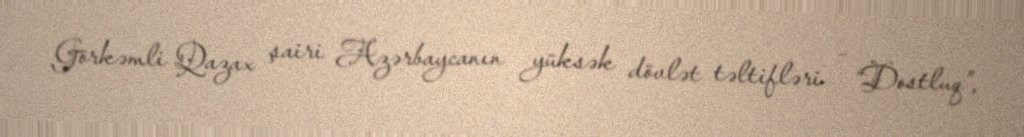
Görkəmli Qazax şairi Azərbaycanın yüksək dövlət təltifləri – “Dostluq”,